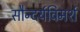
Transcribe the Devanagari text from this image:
सौन्दर्यविमर्श